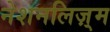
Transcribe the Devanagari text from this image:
नेशनलिज़्म